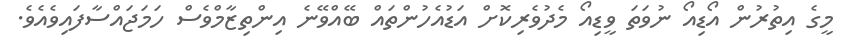
މީގެ އިތުރުން އޯޑިއޯ ނުވަތަ ވީޑިއޯ މެދުވެރިކޮށް އަޑުއެހުންތައް ބޭއްވޭނެ އިންތިޒާމްވެސް ހަމަޖައްސާފައިވެއެވެ.